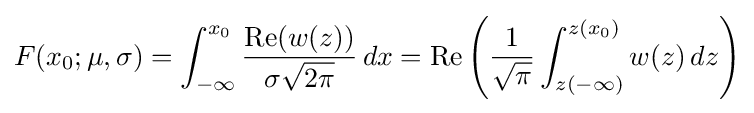
F(x_{0};\mu ,\sigma )=\int _{-\infty }^{x_{0}}{\frac {\operatorname {Re} (w(z))}{\sigma {\sqrt {2\pi }}}}\,dx=\operatorname {Re} \left({\frac {1}{\sqrt {\pi }}}\int _{z(-\infty )}^{z(x_{0})}w(z)\,dz\right)